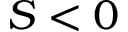
S < 0